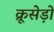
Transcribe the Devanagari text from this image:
क्रूसेड़ों